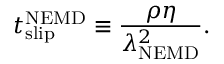
t _ { \mathrm { s l i p } } ^ { \mathrm { N E M D } } \equiv \frac { \rho \eta } { \lambda _ { \mathrm { N E M D } } ^ { 2 } } .